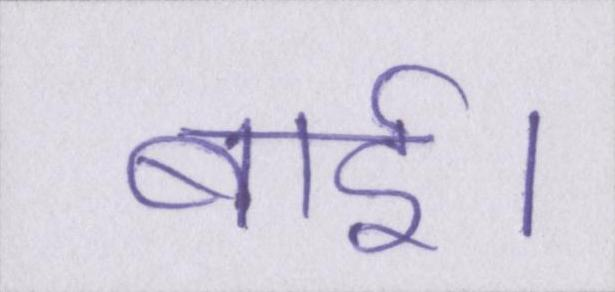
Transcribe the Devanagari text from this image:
बाई।